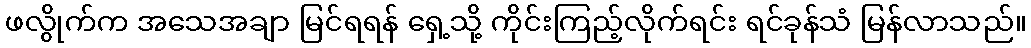
ဖလွိုက်က အသေအချာ မြင်ရရန် ရှေ့သို့ ကိုင်းကြည့်လိုက်ရင်း ရင်ခုန်သံ မြန်လာသည်။